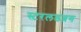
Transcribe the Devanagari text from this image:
स्टरलडब्रग